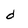
Character: d